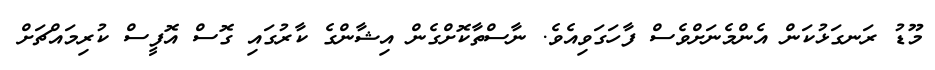
މޫޑު ރަނގަޅުކަން އެންމެނަށްވެސް ފާހަގަވިއެވެ. ނާސްތާކޮށްގެން އިޝާންގެ ކާރުގައި ގޮސް އޮފީސް ކުރިމައްޗަށް